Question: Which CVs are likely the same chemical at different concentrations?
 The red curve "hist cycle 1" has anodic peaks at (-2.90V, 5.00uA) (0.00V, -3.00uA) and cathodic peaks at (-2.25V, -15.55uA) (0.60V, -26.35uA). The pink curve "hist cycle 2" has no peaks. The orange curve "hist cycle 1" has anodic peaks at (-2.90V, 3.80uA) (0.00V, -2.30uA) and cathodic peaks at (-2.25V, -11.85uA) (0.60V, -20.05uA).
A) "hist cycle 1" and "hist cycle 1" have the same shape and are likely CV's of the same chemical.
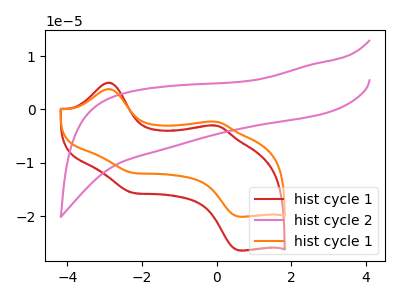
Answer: <think>"hist cycle 1" and "hist cycle 2" have a different number of peaks. All the peaks in "hist cycle 1" have a peak in "hist cycle 1" at the same potential. "hist cycle 2" and "hist cycle 1" have a different number of peaks.
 </think>
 <answer>A) "hist cycle 1" and "hist cycle 1" have the same shape and are likely CV's of the same chemical.</answer>
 <eval>A</eval>